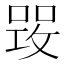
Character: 𠹣